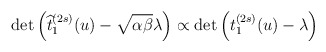
\begin{align*}\det \left( \widehat{t}_1^{(2s)}(u) - \sqrt{\alpha\beta} \lambda\right) \propto \det \left( t^{(2s)}_1(u) - \lambda \right)\end{align*}